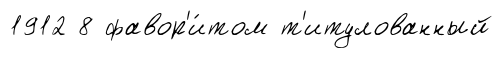
1912 8 фавор'и́том т'итулованный